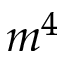
m ^ { 4 }